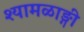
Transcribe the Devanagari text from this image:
श्यामळाङ्गी